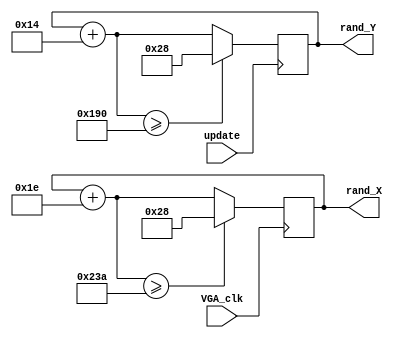
module assign_food(VGA_clk, rand_X, rand_Y,update);
	input VGA_clk, update ;
	output reg [9:0]rand_X= 70;
	output reg [8:0]rand_Y=90;
	
	
	always@(posedge VGA_clk)
	begin
	rand_X= rand_X +30;
	if(rand_X >= 570)
		begin
		rand_X = 40 ;
		end
	end
	
	always @(posedge update)
	begin
	rand_Y=rand_Y+20 ;
	if(rand_Y >= 400)
		begin
		rand_Y = 40 ;
		end
	end
	
	

	
	
endmodule